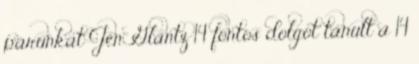
párunkat Jen Glantz 14 fontos dolgot tanult a 14